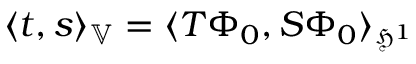
\langle t , s \rangle _ { \mathbb { V } } = \langle T \Phi _ { 0 } , S \Phi _ { 0 } \rangle _ { \mathfrak { H } ^ { 1 } }